Burma Government Medical School reports 1923-41
Year: 1923
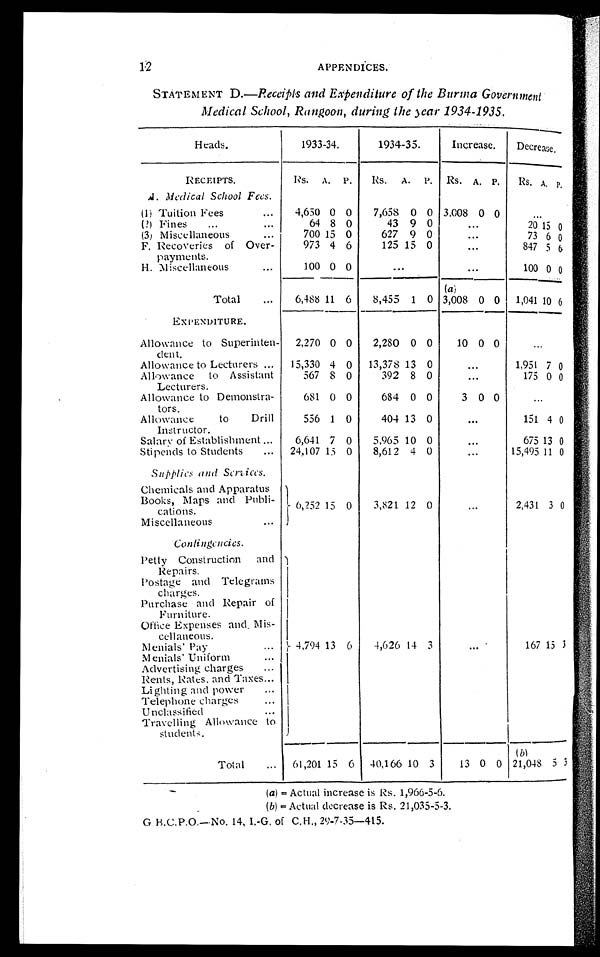
12
APPENDICES.
STATEMENT D.—Receipts and Expenditure of the Burma Government
Medical School, Rangoon, during the year 1934-1935.
Heads.
1933-34.
1934-35.
Increase.
Decrease.
RECEIPTS.
Rs. A. P.
Rs.
A.
P.
Rs. A. P.
Rs. A. P.
A. Medical School Fees.
(l) Tuition Fees
...
4,650 0 0
7,658 0 0 3,008 0 0
...
(1) Fines
...
...
64 8 0
43 9
0
. . .
20 15 0
(3 ) Miscellaneous
...
700 15 0
627 9 0
73 6 o
F. Recoveries of Over-
payments.
973 4 6
125 15
0
...
847 5
6
H. Miscellaneous
...
100 0 0
...
...
100 0 0
Total
...
6,488 11 6
8,455 1 0
(a)
3,008 0 0
1,041 10 6
EX PENDITURE.
Allowance to Superinten-
dent.
2,270 0 0
2,280 0 0
10 0 0
...
Allowance to Lecturers ...
15,330 4 0
13,378 13
...
1,951 7 0
Allowance
to Assistant
Lecturers.
567
8 0
392 8 0
...
175 0 0
Allowance to Demonstra-
tors.
681 0 0
684 0 0
3 0 0
—
Allowance
to
Drill
Instructor.
556 1 0
404 13 0
...
151 4 0
Salar y of Establishment ...
6,641 7 0
5,965 10
675 13 0
Stipends to Students
...
24,107 15 0
8,612 4 0
15,495 11 0
Supplies amt Services.
Chemicals and Apparatus
Books, Maps and Publi-
cations.
_
6,252 15 0
3,821 12 0
2,431 3 0
Miscellaneous
...
Contingencies.
Petty Construction
and
Repairs.
, 4,794 13 6
4,626 14 3
....
—
167 15 3
Postage and Telegrams
charges.
Purchase and Repair of
Furniture.
Office Expenses and . Mis-
cellaneous.
Menials' Pay
...
Menials' Uniform...
Advertising charges
...
Rents, Rates. and Taxes...
Lighting and power
...
Telephone charges
...
Unclassified
Travelling Allowance to
students.
Total
...
61,201 15 6
40,166 10 3
13 0 0
(b)
21,048 5 3
(a) = Actual increase is Rs. 1,966-5-6.
(b) = Actual decrease is Rs. 21,035-5-3.
G B.C.P.O.-No. 14, I.-G. of C.H., 29-7-35-415.